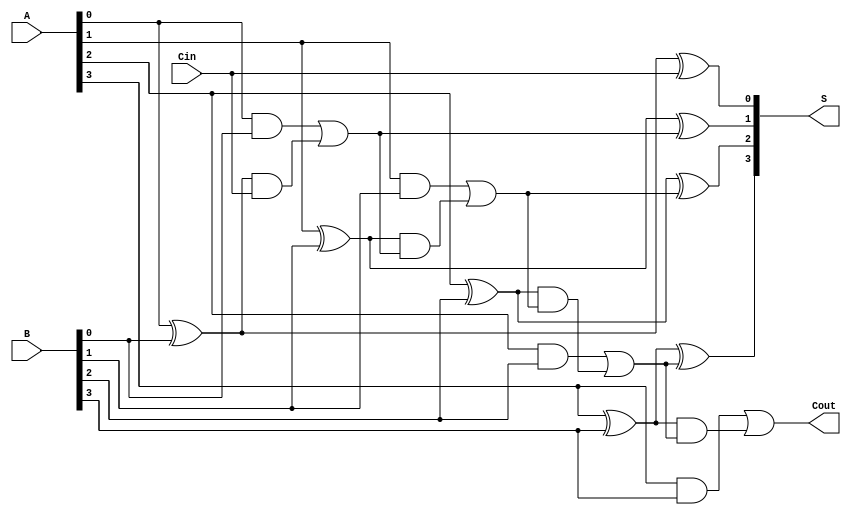
module carry_lookahead_adder #(parameter n = 4) (
    input [n-1:0] A,       // n-bit input A
    input [n-1:0] B,       // n-bit input B
    input Cin,             // Carry-in
    output [n-1:0] S,      // n-bit sum output
    output Cout            // Carry-out
);

// Generate and propagate signals
wire [n-1:0] G; // Generate
wire [n-1:0] P; // Propagate
wire [n:0] C;   // Carry signals

// Generate and Propagate calculations
genvar i;
generate
    for (i = 0; i < n; i = i + 1) begin : gen_prop
        assign G[i] = A[i] & B[i];        // Generate
        assign P[i] = A[i] ^ B[i];        // Propagate
    end
endgenerate

// Carry calculations
assign C[0] = Cin; // Carry-in
generate
    for (i = 1; i <= n; i = i + 1) begin : carry_calc
        assign C[i] = G[i-1] | (P[i-1] & C[i-1]);
    end
endgenerate

// Sum calculations
generate
    for (i = 0; i < n; i = i + 1) begin : sum_calc
        assign S[i] = P[i] ^ C[i]; // Sum
    end
endgenerate

// Final carry-out
assign Cout = C[n];

endmodule